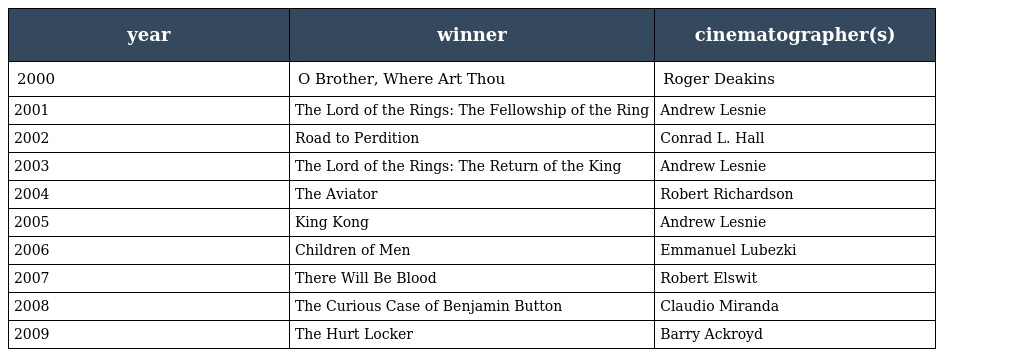
| year | winner | cinematographer(s) |
 | --- | --- | --- |
 | 2000 | O Brother, Where Art Thou | Roger Deakins |
 | 2001 | The Lord of the Rings: The Fellowship of the Ring | Andrew Lesnie |
 | 2002 | Road to Perdition | Conrad L. Hall |
 | 2003 | The Lord of the Rings: The Return of the King | Andrew Lesnie |
 | 2004 | The Aviator | Robert Richardson |
 | 2005 | King Kong | Andrew Lesnie |
 | 2006 | Children of Men | Emmanuel Lubezki |
 | 2007 | There Will Be Blood | Robert Elswit |
 | 2008 | The Curious Case of Benjamin Button | Claudio Miranda |
 | 2009 | The Hurt Locker | Barry Ackroyd |